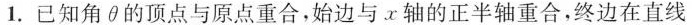
1.已知角θ的顶点与原点重合，始边与x轴的正半轴重合，终边在直线